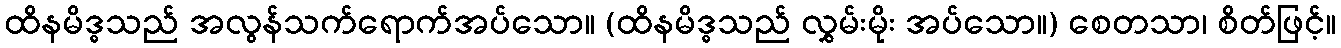
ထိနမိဒ္ဓသည် အလွန်သက်ရောက်အပ်သော။ (ထိနမိဒ္ဓသည် လွှမ်းမိုး အပ်သော။) စေတသာ၊ စိတ်ဖြင့်။